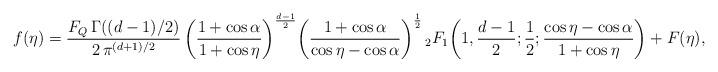
LaTeX: \begin{align*}f(\eta) = \frac { F_Q\, \Gamma((d-1)/2)} {2\, \pi^{(d+1)/2}} \, \bigg(\frac{1+\cos\alpha}{1+\cos\eta} \bigg)^{\frac{d-1}{2}} \bigg(\frac{1+\cos\alpha}{\cos\eta-\cos\alpha} \bigg)^{\frac{1}{2}} \, {}_2 F_1\bigg (1, \frac {d-1} {2};\frac {1} {2}; \frac{\cos\eta-\cos\alpha}{1+\cos\eta} \bigg) + F(\eta),\end{align*}